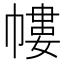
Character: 㡞